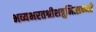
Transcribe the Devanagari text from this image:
भव्यभरतश्रीशत्रुभित्सन्नते